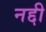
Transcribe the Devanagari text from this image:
नद्दी